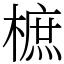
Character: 樜